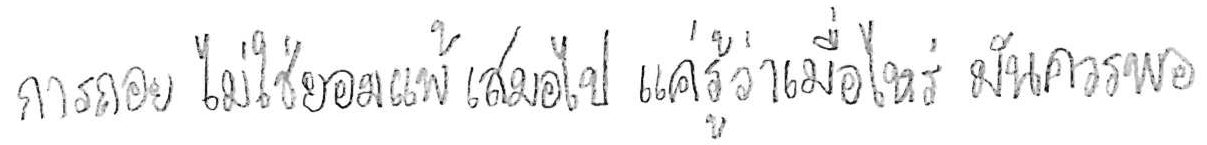
การถอย ไม่ใช่ยอมแพ้ เสมอไป แค่รู้ว่าเมื่อไหร่ มันควรพอ